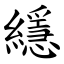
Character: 䌥